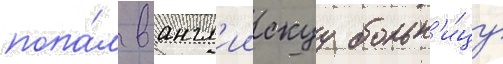
попа́л в англ'иискуу больн'и́цу